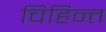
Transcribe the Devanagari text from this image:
चिहिन्त